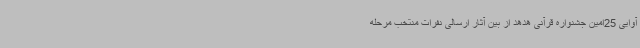
آوایی 25امین جشنواره قرآنی هدهد از بین آثار ارسالی نفرات منتخب مرحله